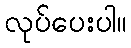
လုပ်ပေးပါ။